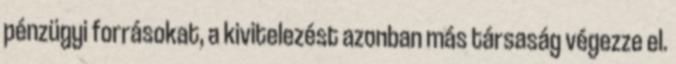
pénzügyi forrásokat, a kivitelezést azonban más társaság végezze el.